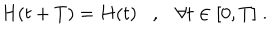
LaTeX: H ( t + T ) = H ( t ) , \forall t \in [ 0 , T ] \; .